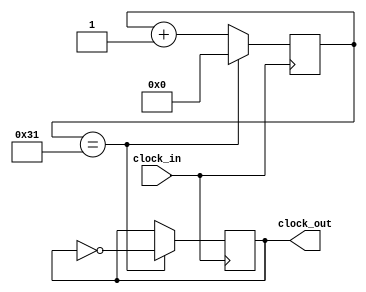
module freq_div (input wire clock_in,
                 output reg clock_out);

    reg [5:0] counter;

    initial begin
        clock_out <= 1;
        counter <= 0;
    end

    always @(posedge clock_in) begin
        if (counter == 49) begin
            clock_out <= ~clock_out;
            counter <= 0;
        end else begin
            counter <= counter + 1;
        end
    end
endmodule